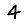
Digit: 4